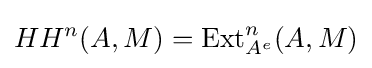
HH^{n}(A,M)=\operatorname {Ext} _{A^{e}}^{n}(A,M)